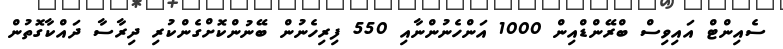
ސެއިންޓް އައިވިސް ބްރޭންޑްއިން 1000 އަންހެނުންނާއި 550 ފިރިހެނުން ބޭނުންކޮށްގެންކުރި ދިރާސާ ދައްކާގޮތުން